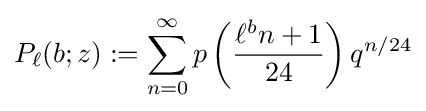
P_{\ell }(b;z):=\sum _{n=0}^{\infty }p\left({\frac {\ell ^{b}n+1}{24}}\right)q^{n/24}